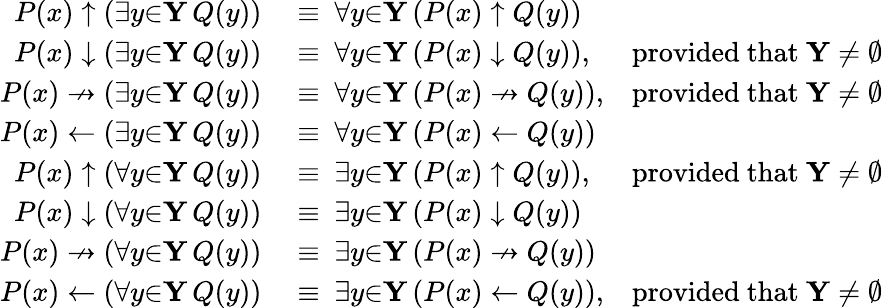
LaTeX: \begin{array}{rlr}{P(x)\uparrow(\exists{y}{\in}\mathbf{Y}\, Q(y))}&{{}\equiv\ \forall{y}{\in}\mathbf{Y}\, (P(x)\uparrow Q(y))}\\ {P(x)\downarrow(\exists{y}{\in}\mathbf{Y}\, Q(y))}&{{}\equiv\ \forall{y}{\in}\mathbf{Y}\, (P(x)\downarrow Q(y)),}&{{\mathrm{provided~that~}}\mathbf{Y}\neq\emptyset}\\ {P(x)\nrightarrow(\exists{y}{\in}\mathbf{Y}\, Q(y))}&{{}\equiv\ \forall{y}{\in}\mathbf{Y}\, (P(x)\nrightarrow Q(y)),}&{{\mathrm{provided~that~}}\mathbf{Y}\neq\emptyset}\\ {P(x)\gets(\exists{y}{\in}\mathbf{Y}\, Q(y))}&{{}\equiv\ \forall{y}{\in}\mathbf{Y}\, (P(x)\gets Q(y))}\\ {P(x)\uparrow(\forall{y}{\in}\mathbf{Y}\, Q(y))}&{{}\equiv\ \exists{y}{\in}\mathbf{Y}\, (P(x)\uparrow Q(y)),}&{{\mathrm{provided~that~}}\mathbf{Y}\neq\emptyset}\\ {P(x)\downarrow(\forall{y}{\in}\mathbf{Y}\, Q(y))}&{{}\equiv\ \exists{y}{\in}\mathbf{Y}\, (P(x)\downarrow Q(y))}\\ {P(x)\nrightarrow(\forall{y}{\in}\mathbf{Y}\, Q(y))}&{{}\equiv\ \exists{y}{\in}\mathbf{Y}\, (P(x)\nrightarrow Q(y))}\\ {P(x)\gets(\forall{y}{\in}\mathbf{Y}\, Q(y))}&{{}\equiv\ \exists{y}{\in}\mathbf{Y}\, (P(x)\gets Q(y)),}&{{\mathrm{provided~that~}}\mathbf{Y}\neq\emptyset}\end{array}